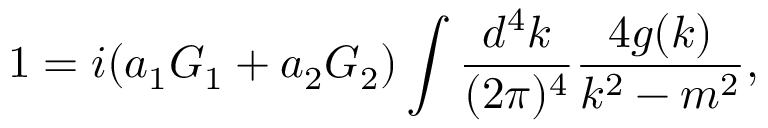
1 = i ( a _ { 1 } G _ { 1 } + a _ { 2 } G _ { 2 } ) \int { \frac { d ^ { 4 } k } { ( 2 \pi ) ^ { 4 } } } { \frac { 4 g ( k ) } { k ^ { 2 } - m ^ { 2 } } } ,